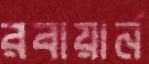
রবায়ার্ন